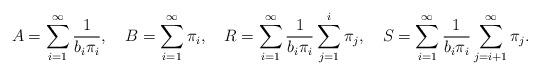
LaTeX: \begin{align*}A=\sum_{i=1}^\infty\frac{1}{b_i\pi_i},~~~B=\sum_{i=1}^\infty{\pi}_{i},~~~R=\sum_{i=1}^\infty\frac{1}{b_i\pi_i}\sum_{j=1}^{i}\pi_{j},~~~S=\sum_{i=1}^\infty\frac{1}{b_i\pi_i}\sum_{j=i+1}^{\infty}\pi_{j}.\end{align*}